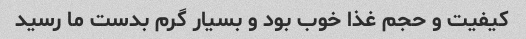
کیفیت و حجم غذا خوب بود و بسیار گرم بدست ما رسید